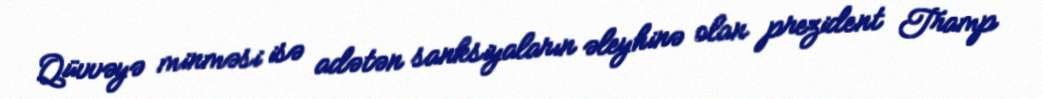
Qüvvəyə minməsi isə adətən sanksiyaların əleyhinə olan prezident Tramp